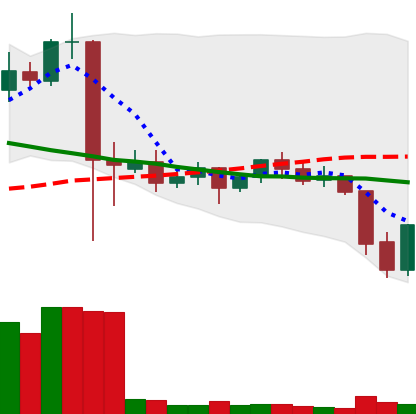
Ticker: ETC-USD
Chart end date: 2021-09-22
Forward return: -11.401%
Label: down_7plus